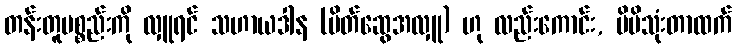
တန်းတူပစ္စည်းကို လှူရင် သဟာယဒါန (မိတ်ဆွေအလှူ) ဟု လည်းကောင်း, မိမိသုံးတာထက်